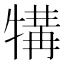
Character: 𪺱